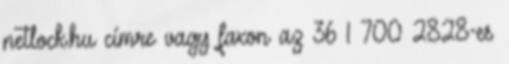
netlock.hu címre vagy faxon az 36 1 700 2828-es